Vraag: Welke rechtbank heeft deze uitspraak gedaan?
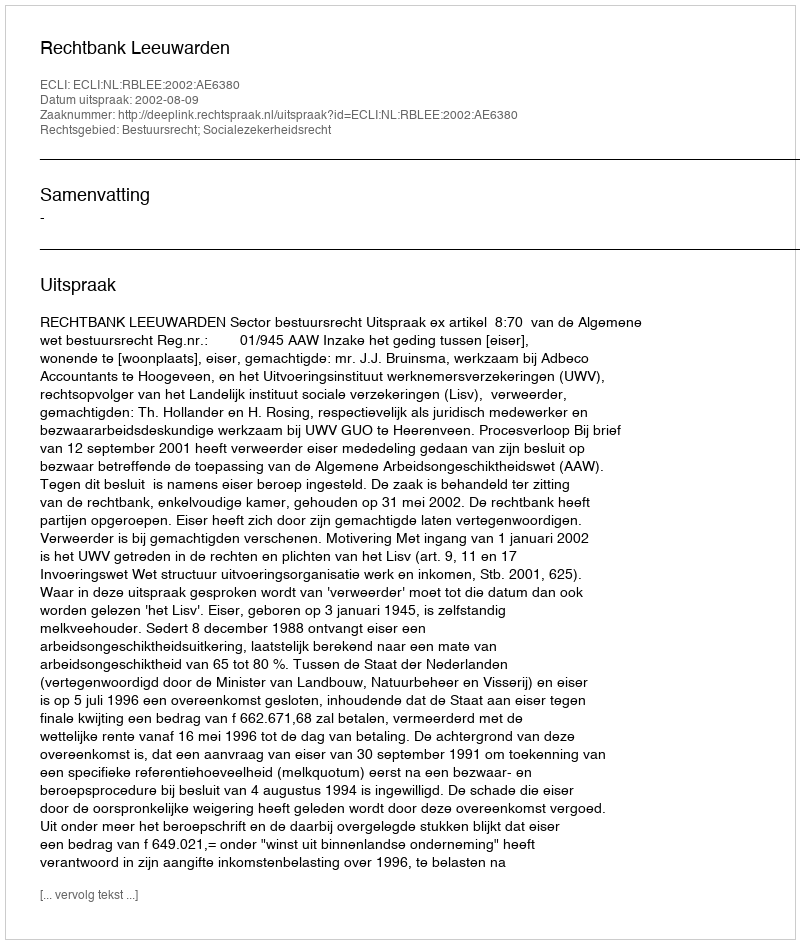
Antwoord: Rechtbank Leeuwarden